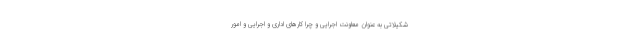
شکیلاتی به عنوان معاونت اجرایی و چرا کارهای اداری و اجرایی و امور